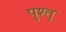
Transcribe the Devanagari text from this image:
पुश्तू